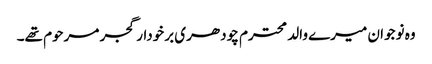
وہ نوجوان میرے والد محترم چودھری برخودار گجر مرحوم تھے۔